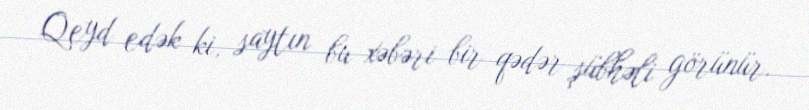
Qeyd edək ki, saytın bu xəbəri bir qədər şübhəli görünür.